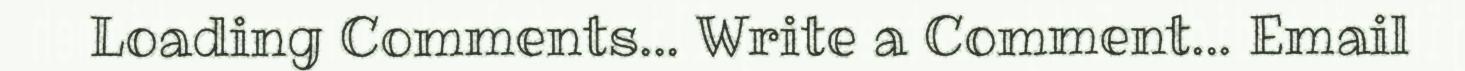
Loading Comments... Write a Comment... Email